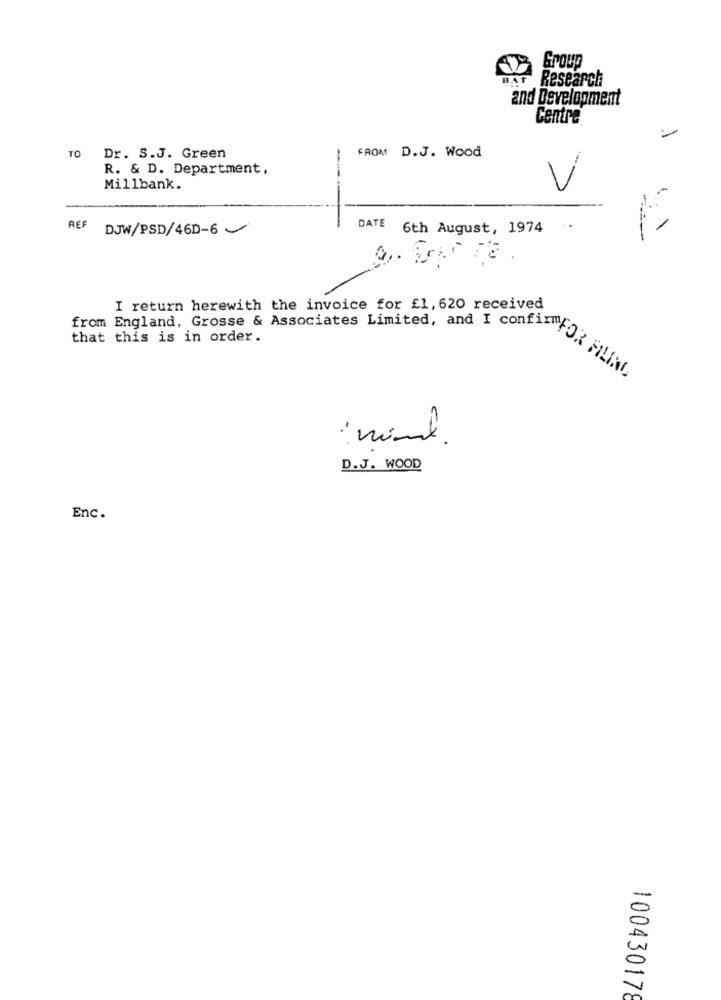
Group
BAT Research
and Development
Centre
FROM D.J. Wood
TO Dr. S.J. Green
-
R. & D. Department,
Millbank.
V
REF
DJW/PSD/46D-6
DATE 6th August, 1974
I return herewith the invoice for £1, 620 received
that this is in order.
+com England, Grosse & Associates Limited, and I FOR
: minal.
D.J. WOOD
Enc.
-
V
10043017